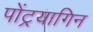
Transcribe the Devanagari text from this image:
पोंट्रयागिन